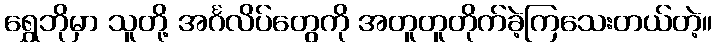
ရွှေဘိုမှာ သူတို့ အင်္ဂလိပ်တွေကို အတူတူတိုက်ခဲ့ကြသေးတယ်တဲ့။